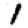
Digit: 1